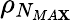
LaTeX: \rho_{N_{MA\mathbf{X}}}